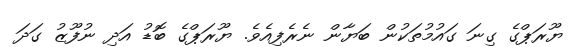
ޔޫރަޕްގެ ގިނަ ގައުުމުތަކުން ބަޔާން ނެރެފިއެވެ. ޔޫރަޕްގެ ބޮޑު އަދި ނުފޫޒު ގަދަ